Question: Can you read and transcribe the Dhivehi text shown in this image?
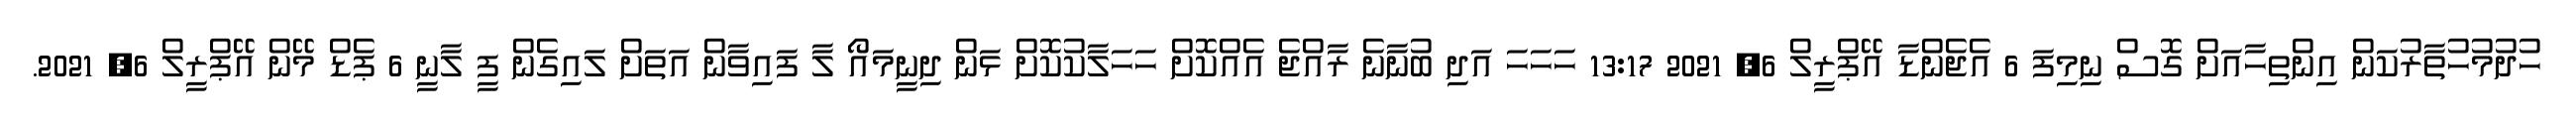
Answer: ހުދުމުހުތާރުކަން އިންތިހާއަށް ގޮސް ނިމިފަ 6 އެޖެންޑާ އޭޕްރީލް 6, 2021 13:17 ހަހަހަ އަދި ބުނާނެ ރާއްޖެ އެއްކޮށް ހަހަލާކުކޮށް ޅަން ދިނީމައޯ ލާ ފައިވާން އަތަށް ލައިގެން ފީ ލާނީ 6 ޕެޑް މޭން އޭޕްރީލް 6, 2021.